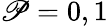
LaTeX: \mathscr{P}=0,1